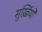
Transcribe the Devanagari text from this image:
सुर्ख़ियो